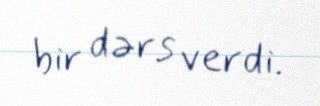
bir dərs verdi.